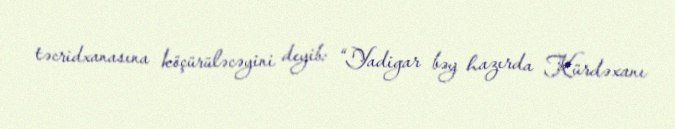
təcridxanasına köçürüləcəyini deyib: “Yadigar bəy hazırda Kürdəxanı